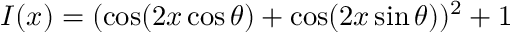
I ( x ) = ( \cos ( 2 x \cos \theta ) + \cos ( 2 x \sin \theta ) ) ^ { 2 } + 1